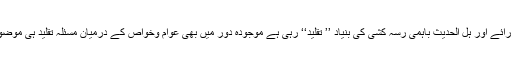
زمانہ قدیم سے اہل رائے اور ہل الحدیث باہمی رسہ کشی کی بنیاد ’’ تقلید‘‘ رہی ہے موجودہ دور میں بھی عوام وخواص کے درمیان مسئلہ تقلید ہی موضوعِ بحث بنا ہوا ہے۔